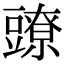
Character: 𧰉